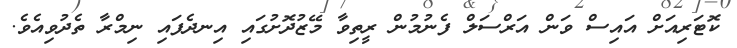
ކޮޓަރިއަށް އައިސް ވަން އަރްސަލް ފެނުމުން ރީތިވާ މޭޒުދޮށުގައި އިނދެފައި ނިމްރާ ތެދުވިއެވެ.